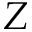
Z